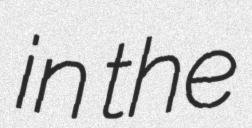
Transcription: in the